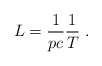
\begin{align*}L=\frac{1}{pc}\frac{1}{T}~. \end{align*}